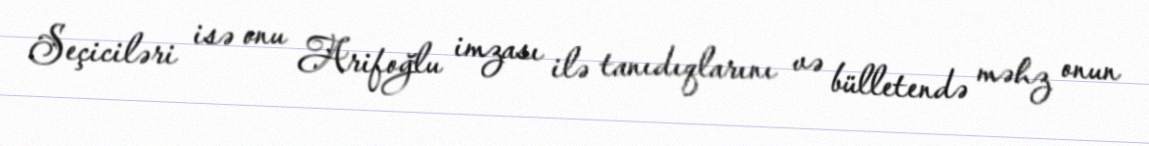
Seçiciləri isə onu Arifoğlu imzası ilə tanıdıqlarını və bülletendə məhz onun